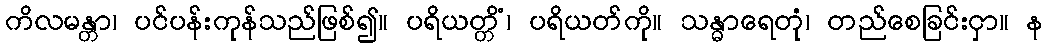
ကိလမန္တာ၊ ပင်ပန်းကုန်သည်ဖြစ်၍။ ပရိယတ္တိံ၊ ပရိယတ်ကို။ သန္ဓာရေတုံ၊ တည်စေခြင်းငှာ။ န